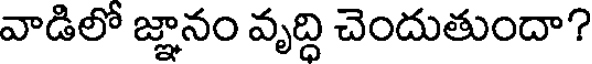
వాడిలో జ్ఞానం వృద్ది చెందుతుందా?